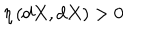
\eta \left( d X , d X \right) > 0